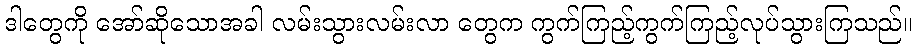
ဒါတွေကို အော်ဆိုသောအခါ လမ်းသွားလမ်းလာ တွေက ကွက်ကြည့်ကွက်ကြည့်လုပ်သွားကြသည်။